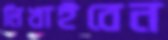
লিখাইবেন